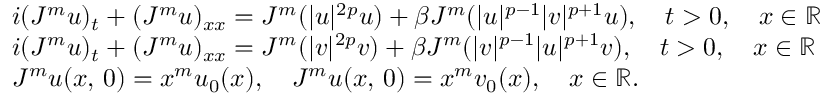
\begin{array} { r } { \left. \begin{array} { l } { i ( J ^ { m } u ) _ { t } + ( J ^ { m } u ) _ { x x } = J ^ { m } ( | u | ^ { 2 p } u ) + \beta J ^ { m } ( | u | ^ { p - 1 } | v | ^ { p + 1 } u ) , \quad t > 0 , \quad x \in \mathbb { R } } \\ { i ( J ^ { m } u ) _ { t } + ( J ^ { m } u ) _ { x x } = J ^ { m } ( | v | ^ { 2 p } v ) + \beta J ^ { m } ( | v | ^ { p - 1 } | u | ^ { p + 1 } v ) , \quad t > 0 , \quad x \in \mathbb { R } } \\ { J ^ { m } u ( x , \, 0 ) = x ^ { m } u _ { 0 } ( x ) , \quad J ^ { m } u ( x , \, 0 ) = x ^ { m } v _ { 0 } ( x ) , \quad x \in \mathbb { R } . } \end{array} \right. } \end{array}